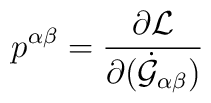
p^{\alpha\beta}=\frac{\partial{\cal L}}{\partial(\dot{\cal G}_{\alpha\beta}) }